Report on vaccination in Madras 1895-1903 - 1895-1903
Year: 1895
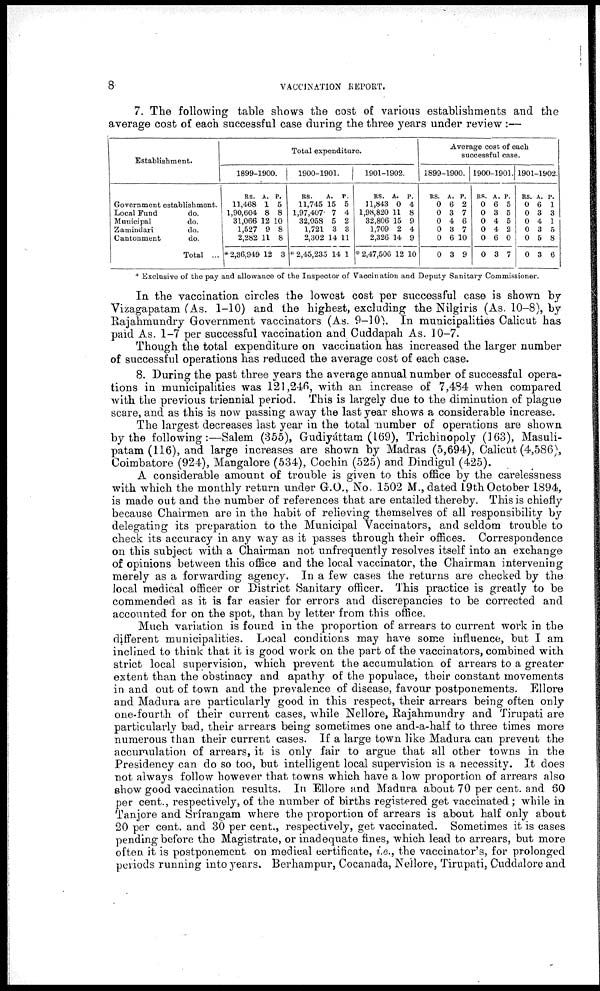
8
VACCINATION REPORT.
7. The following table shows the cost of various establishments and the
average cost of each successful case during the three years under review :—
Establishment.
Government establishment.
Local Fund
do.
Municipal
do.
Zamindari
do.
Cantonment
do.
Total ...
Total expenditure.
1899-1900.
RS.
11,468
1,90,604
31,066
1,527
2,282
* 2,36,949
A.
1
8
12
9
11
12
P.
5
8
10
8
8
3
1900-1901.
RS.
11,745
1,97,407
32,058
1,721
2,302
* 2,45,235
A.
15
7
5
3
14
14
P.
5
4
2
3
11
1
1901-1902.
RS.
11,843
1,98,820
32,806
1,709
2,326
* 2,47,506
A.
0
11
15
2
14
12
P.
4
8
9
4
9
10
Average cost of each
successful case.
1899-1900.
RS.
0
0
0
0
0
0
A.
6
3
4
3
6
3
P.
2
7
6
7
10
9
1900-1901.
RS.
0
0
0
0
0
0
A.
6
3
4
4
6
3
P.
5
5
5
2
0
7
1901-1902.
RS.
0
0
0
0
0
0
A.
6
3
4
3
5
3
P.
1
3
1
5
8
6
* Exclusive of the pay and allowance of the Inspector of Vaccination and Deputy Sanitary Commissioner.
In the vaccination circles the lowest cost per successful case is shown by
Vizagapatam (As. 1-10) and the highest, excluding the Nilgiris (As. 10-8), by
Rajahmundry Government vaccinators (As. 9-10). In municipalities Calicut has
paid As. 1-7 per successful vaccination and Cuddapah As. 10-7.
Though the total expenditure on vaccination has increased the larger number
of successful operations has reduced the average cost of each case.
8. During the past three years the average annual number of successful opera-
tions in municipalities was 121,246, with an increase of 7,484 when compared
with the previous triennial period. This is largely due to the diminution of plague
scare, and as this is now passing away the last year shows a considerable increase.
The largest decreases last year in the total number of operations are shown
by the following:—Salem (355), Gudiyáttam (169), Trichinopoly (163), Masuli¬
patam (116), and large increases are shown by Madras (5,694), Calicut (4,586),
Coimbatore (924), Mangalore (534), Cochin (525) and Dindigul (425).
A considerable amount of trouble is given to this office by the carelessness
with which the monthly return under G.O., No. 1502 M., dated 19th October 1894,
is made out and the number of references that are entailed thereby. This is chiefly
because Chairmen are in the habit of relieving themselves of all responsibility by
delegating its preparation to the Municipal Vaccinators, and seldom trouble to
check its accuracy in any way as it passes through their offices. Correspondence
on this subject with a Chairman not unfrequently resolves itself into an exchange
of opinions between this office and the local vaccinator, the Chairman intervening
merely as a forwarding agency. In a few cases the returns are checked by the
local medical officer or District Sanitary officer. This practice is greatly to be
commended as it is far easier for errors and discrepancies to be corrected and
accounted for on the spot, than by letter from this office.
Much variation is found in the proportion of arrears to current work in the
different municipalities. Local conditions may have some influence, but I am
inclined to think that it is good work on the part of the vaccinators, combined with
strict local supervision, which prevent the accumulation of arrears to a greater
extent than the obstinacy and apathy of the populace, their constant movements
in and out of town and the prevalence of disease, favour postponements. Ellore
and Madura are particularly good in this respect, their arrears being often only
one-fourth of their current cases, while Nellore, Rajahmundry and Tirupati are
particularly bad, their arrears being sometimes one and-a-half to three times more
numerous than their current cases. If a large town like Madura can prevent the
accumulation of arrears, it is only fair to argue that all other towns in the
Presidency can do so too, but intelligent local supervision is a necessity. It does
not always follow however that towns which have a low proportion of arrears also
show good vaccination results. In Ellore and Madura about 70 per cent. and 60
per cent., respectively, of the number of births registered get vaccinated ; while in
Tanjore and Srírangam where the proportion of arrears is about half only about
20 per cent. and 30 per cent., respectively, get vaccinated. Sometimes it is cases
pending before the Magistrate, or inadequate fines, which lead to arrears, but more
often it is postponement on medical certificate, i.e., the vaccinator's, for prolonged
periods running into years. Berhampur, Cocanada, Nellore, Tirupati, Cuddalore and